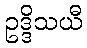
ဥဒ္ဒိသယီ